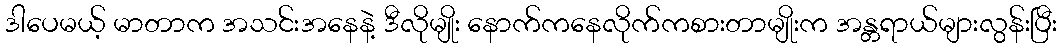
ဒါပေမယ့် မာတာက အသင်းအနေနဲ့ ဒီလိုမျိုး နောက်ကနေလိုက်ကစားတာမျိုးက အန္တရာယ်များလွန်းပြီး